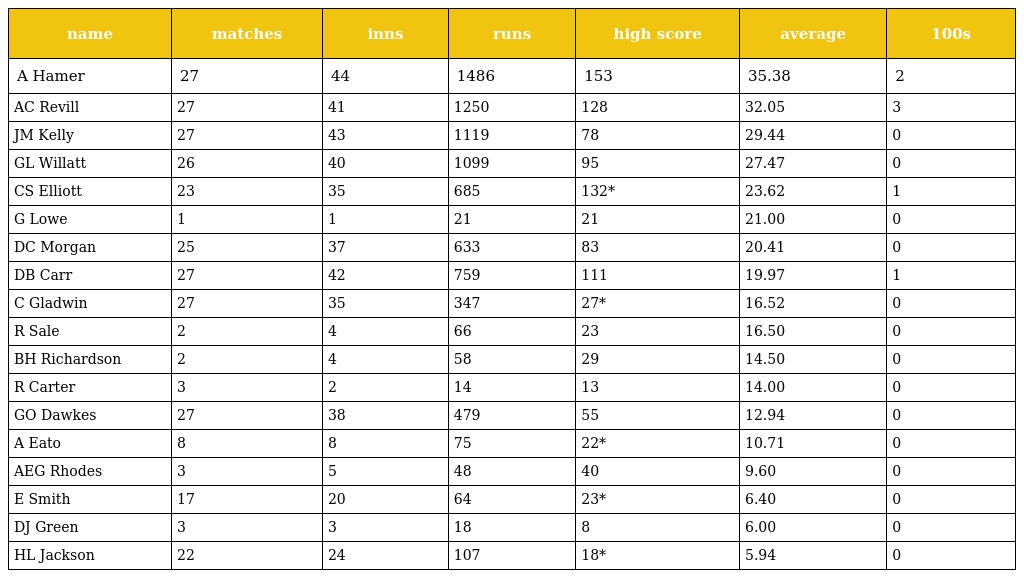
| name | matches | inns | runs | high score | average | 100s |
 | --- | --- | --- | --- | --- | --- | --- |
 | A Hamer | 27 | 44 | 1486 | 153 | 35.38 | 2 |
 | AC Revill | 27 | 41 | 1250 | 128 | 32.05 | 3 |
 | JM Kelly | 27 | 43 | 1119 | 78 | 29.44 | 0 |
 | GL Willatt | 26 | 40 | 1099 | 95 | 27.47 | 0 |
 | CS Elliott | 23 | 35 | 685 | 132* | 23.62 | 1 |
 | G Lowe | 1 | 1 | 21 | 21 | 21.00 | 0 |
 | DC Morgan | 25 | 37 | 633 | 83 | 20.41 | 0 |
 | DB Carr | 27 | 42 | 759 | 111 | 19.97 | 1 |
 | C Gladwin | 27 | 35 | 347 | 27* | 16.52 | 0 |
 | R Sale | 2 | 4 | 66 | 23 | 16.50 | 0 |
 | BH Richardson | 2 | 4 | 58 | 29 | 14.50 | 0 |
 | R Carter | 3 | 2 | 14 | 13 | 14.00 | 0 |
 | GO Dawkes | 27 | 38 | 479 | 55 | 12.94 | 0 |
 | A Eato | 8 | 8 | 75 | 22* | 10.71 | 0 |
 | AEG Rhodes | 3 | 5 | 48 | 40 | 9.60 | 0 |
 | E Smith | 17 | 20 | 64 | 23* | 6.40 | 0 |
 | DJ Green | 3 | 3 | 18 | 8 | 6.00 | 0 |
 | HL Jackson | 22 | 24 | 107 | 18* | 5.94 | 0 |